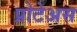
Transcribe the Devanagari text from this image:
प्रोटेअस